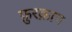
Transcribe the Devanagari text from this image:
फ़ुरक़ान